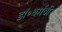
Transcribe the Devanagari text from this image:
डॉ॰धर्मवीर